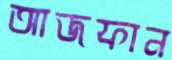
আজফান